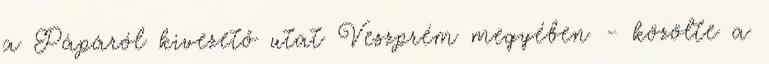
a Pápáról kivezető utat Veszprém megyében - közölte a